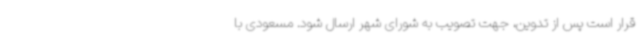
قرار است پس از تدوین، جهت تصویب به شورای شهر ارسال شود. مسعودی با